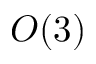
O ( 3 )